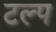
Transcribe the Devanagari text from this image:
टल्प